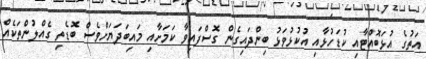
އަތުގެ އުޅަބޮއްޓާއި ކުޑަހުޅާއި އުކުޅުވަޅު ބިންދައިގެން ގޮސްފައިވާ ކަމަށާއި މައިބަދަޔަށްވެސް ބޮޑެތި ގެއްލުންތަކެއް